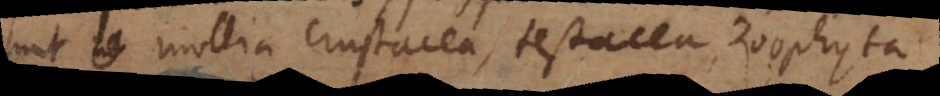
sunt mollia crustacea, testacea, zoophyta